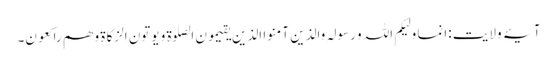
آیۂ ولایت :انما ولیکم اللہ و رسولہ والذین آمنو ا الذین یقیمون الصلوة و یوتون الزکاة و ھم راکعون۔